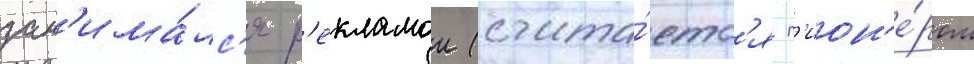
зан'има́лс'я р'екламои (счита́етс'я п'ион'е́ром